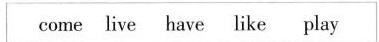
come live have like play